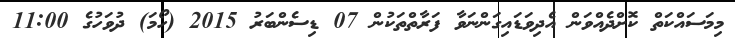
މިމަސައްކަތް ކޮށްދެއްވަން އެދިވަޑައިގަންނަވާ ފަރާތްތަކުން 07 ޑިސެންބަރު 2015 (ހޯމަ) ދުވަހުގެ 11:00